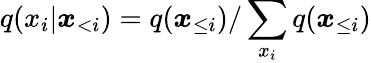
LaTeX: q(x_{i}|\boldsymbol{x}_{<i})=q(\boldsymbol{x}_{\le i})/\sum_{x_{i}}q(\boldsymbol{x}_{\le i})